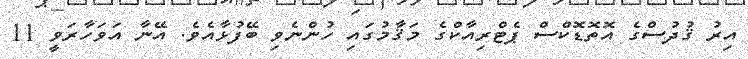
އިރު ޤުދުސްގެ އޮތޮޑޮކްސް ޕެޓްރިއާކްގެ މަޤާމުގައި ހުންނެވި ބޭފުޅާއެވެ. އޭނާ އަވަހާރަވީ 11